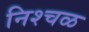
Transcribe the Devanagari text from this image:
निश्चळ